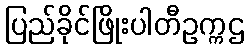
ပြည်ခိုင်ဖြိုးပါတီဥက္ကဌ